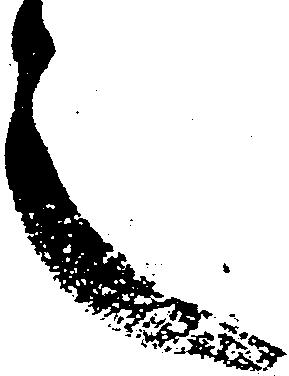
之